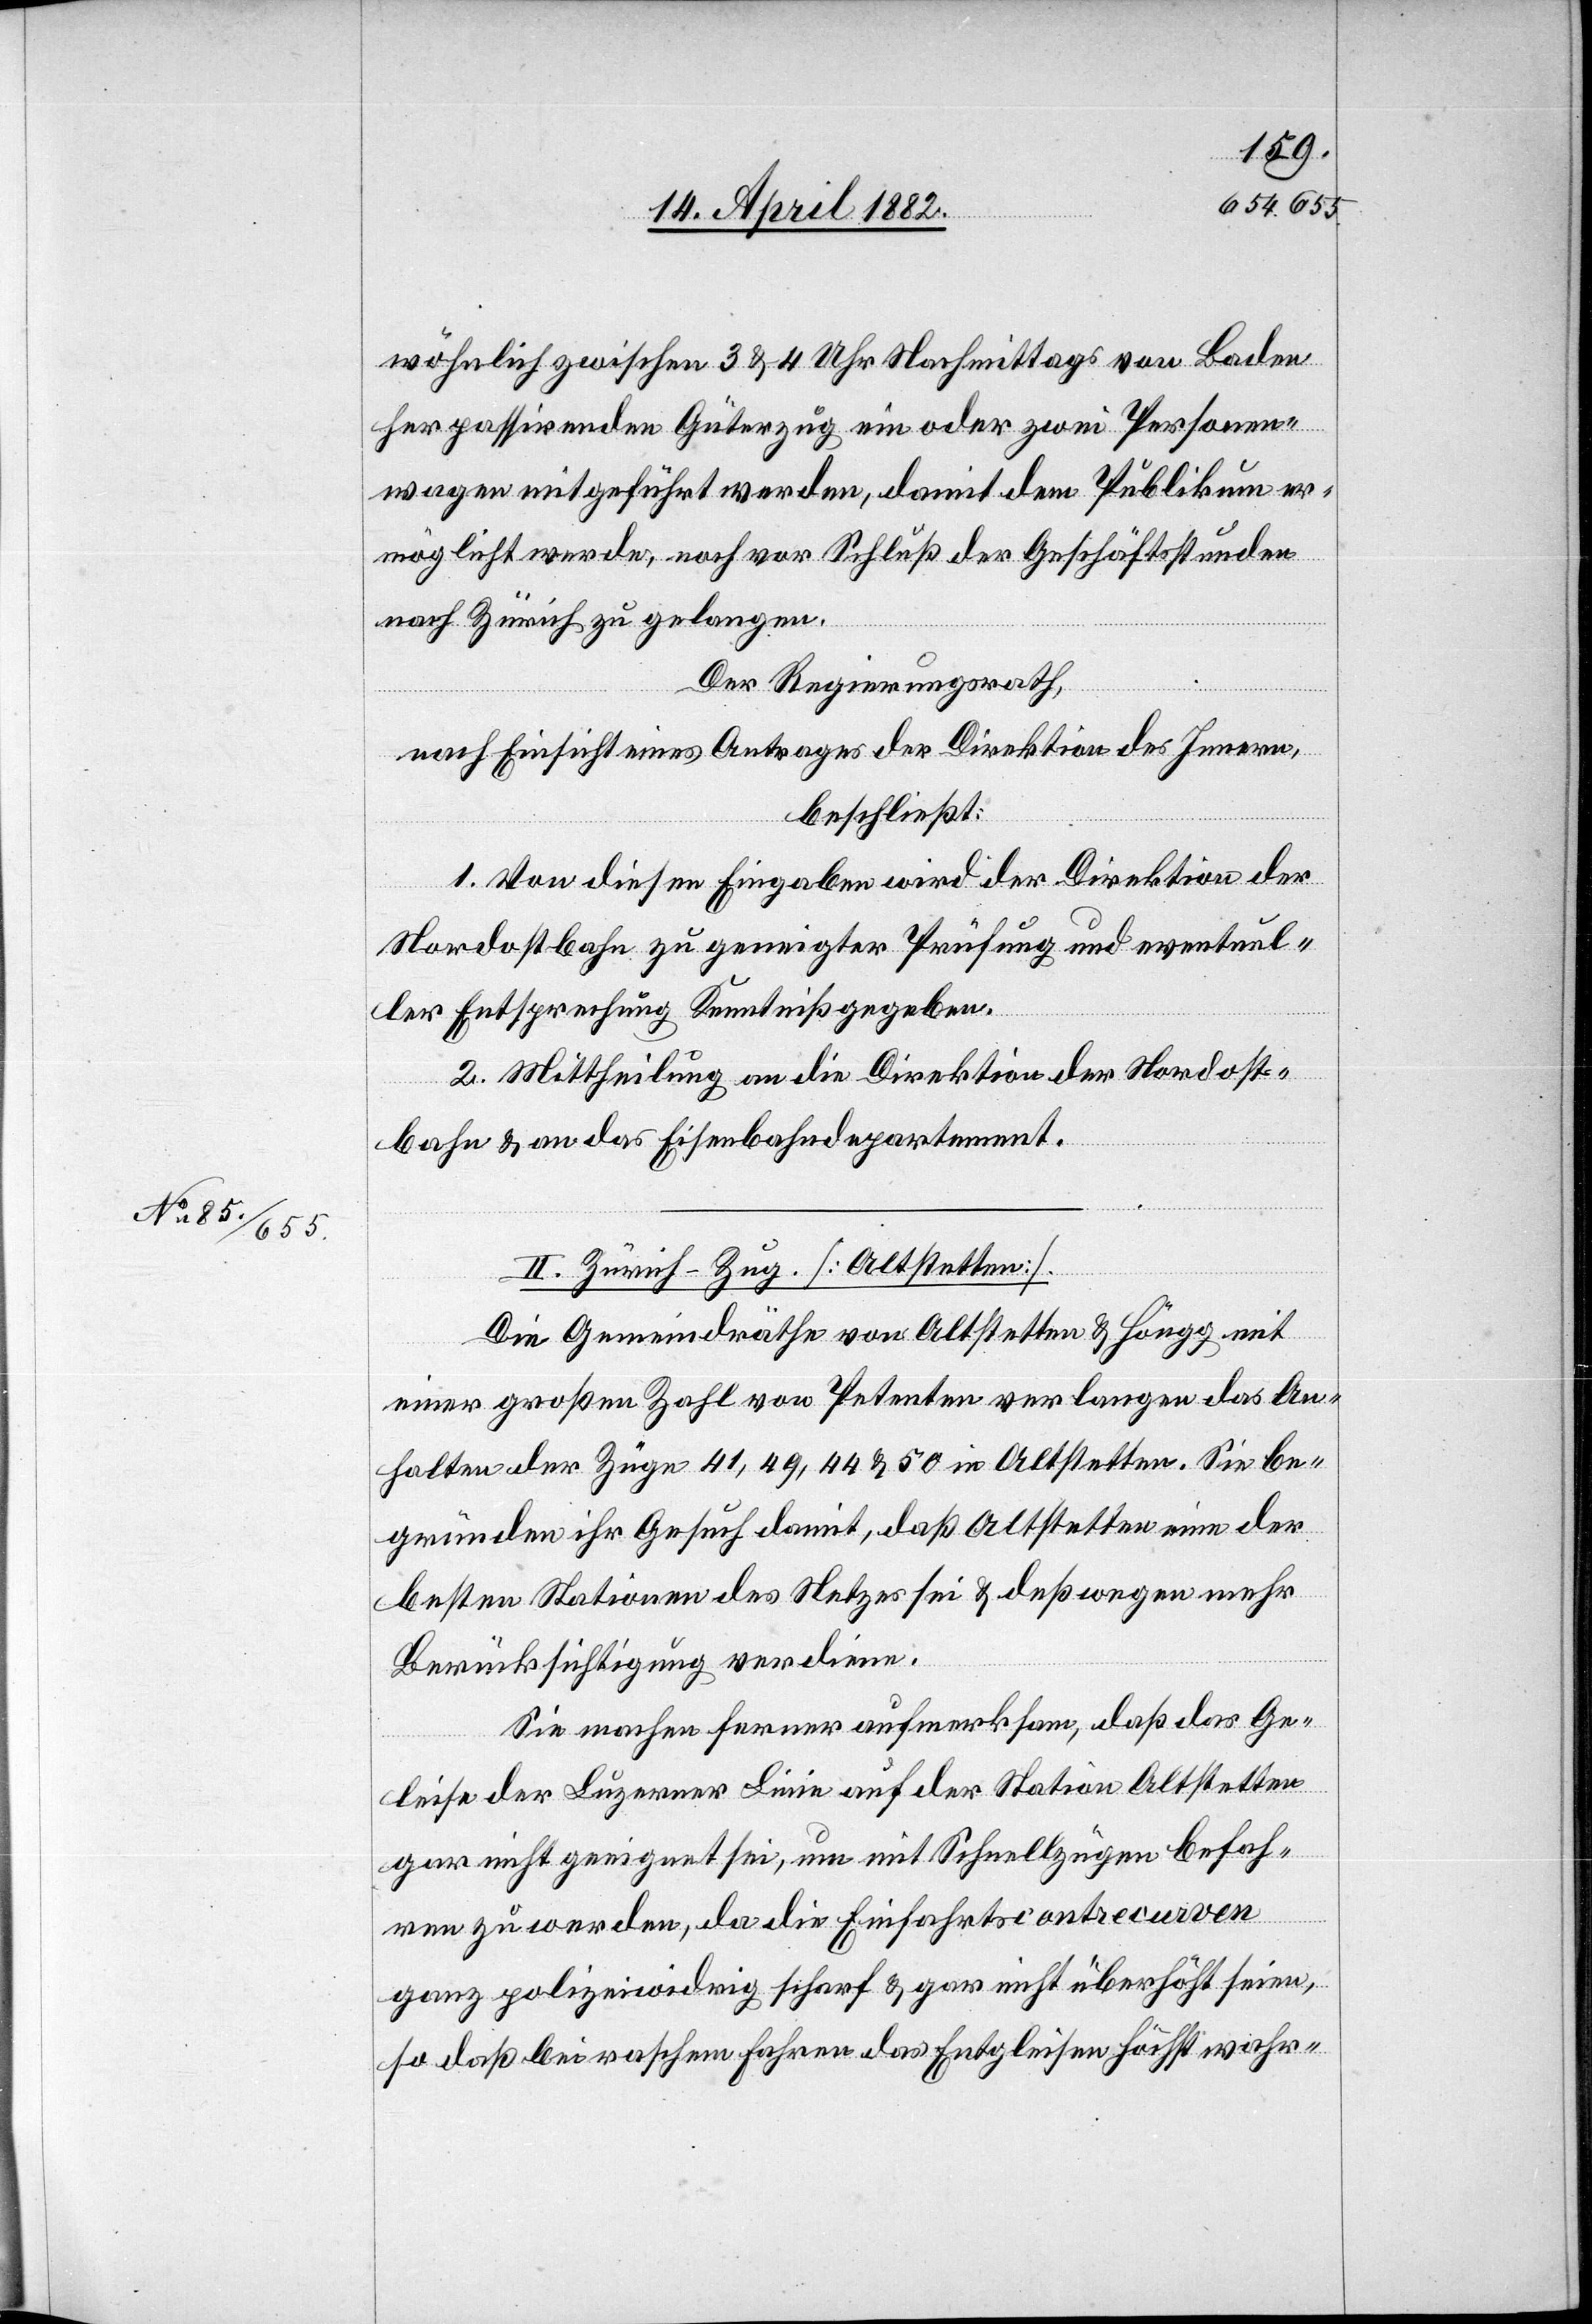
wöhnlich zwischen 3 & 4 Uhr Nachmittags von Baden
her passirenden Güterzug ein oder zwei Personen¬
wagen mitgeführt werden, damit dem Publikum er¬
möglichst werde, noch vor Schluß der Geschäftsstunden
nach Zürich zu gelangen.
Der Regierungsrath,
nach Einsicht eines Antrages der Direktion des Innern,
beschließt:
1. Von diesen Eingaben wird der Direktion der
Nordostbahn zu geneigter Prüfung und eventuel¬
ler Entsprechung Kenntniß gegeben.
2. Mittheilung an die Direktion der Nordost¬
bahn & an das Eisenbahndepartement.
II. Zürich–Zug. [Altstetten].
Die Gemeindräthe von Altstetten & Höngg mit
einer großen Zahl von Petenten verlangen das An¬
halten der Züge 41, 49, 44 & 50 in Altstetten. Sie be¬
gründen ihr Gesuch damit, daß Altstetten eine der
besten Stationen des Netzes sei & deßwegen mehr
Berücksichtigung verdiene.
Sie machen ferner aufmerksam, daß das Ge¬
leise der Luzerner Linie auf der Station Altstetten
gar nicht geeignet sei, um mit Schnellzügen befah¬
ren zu werden, da die Einfahrtscontrecurven
ganz polizeiwidrig scharf & gar nicht überhöht seien,
so daß bei raschem Fahren das Entgleisen höchst wahr-